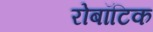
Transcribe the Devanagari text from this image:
रोबॉटिक